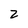
Character: z